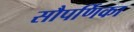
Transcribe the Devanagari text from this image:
सौपर्णिका